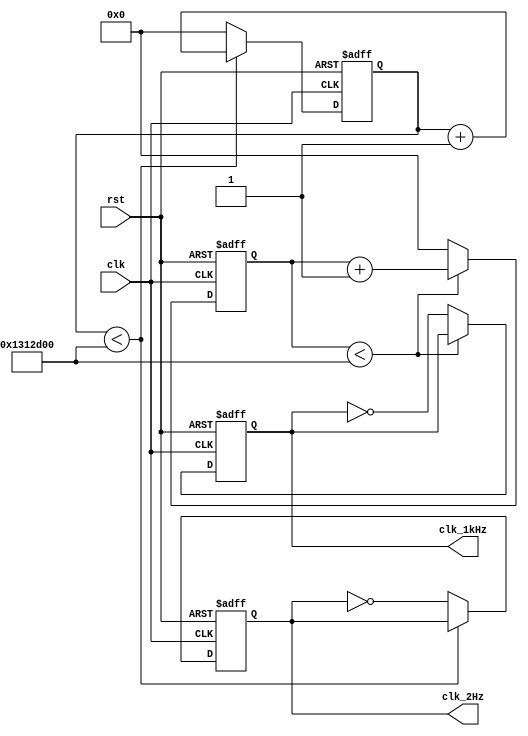
`timescale 1ns / 1ps
module clk_generator(clk_2Hz, clk_1kHz, clk, rst);

input clk, rst;
output reg clk_2Hz, clk_1kHz;

reg [31:0]clk_2Hz_count, clk_1kHz_count;

//2Hz
always@(posedge clk or negedge rst)
begin 
    if (!rst)
    begin
        clk_2Hz_count <= 32'd0;
        clk_2Hz <= 0;
    end
    else
    begin
        if (clk_2Hz_count < 32'd20000000)
            clk_2Hz_count <= clk_2Hz_count + 32'd1;
        else
        begin
            clk_2Hz_count <= 32'd0;
            clk_2Hz <= ~clk_2Hz;
        end
    end
end

//1kHz
always@(posedge clk or negedge rst)
begin 
    if (!rst)
    begin
        clk_1kHz_count <= 32'd0;
        clk_1kHz <= 0;
    end
    else
    begin
        if (clk_1kHz_count < 32'd20000000)
            clk_1kHz_count <= clk_1kHz_count + 32'd1;
        else
        begin
            clk_1kHz_count <= 32'd0;
            clk_1kHz <= ~clk_1kHz;
        end
    end
end

endmodule